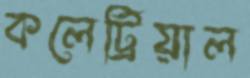
কলেট্রিয়াল